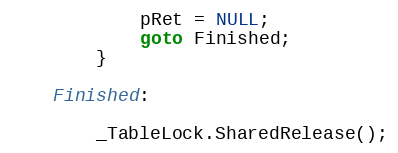
Language: C
            pRet = NULL;
            goto Finished;
        }

    Finished:

        _TableLock.SharedRelease();